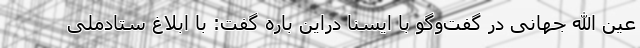
عین الله جهانی در گفت‌وگو با ایسنا دراین باره گفت: با ابلاغ ستادملی